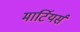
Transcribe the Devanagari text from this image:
मार्टियर्स